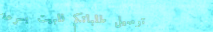
توصيل طلباتكم للبيت بسرعة